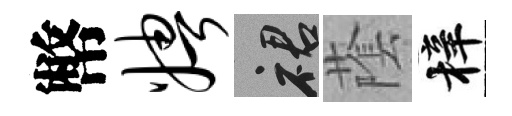
幣娉裙䕃梓